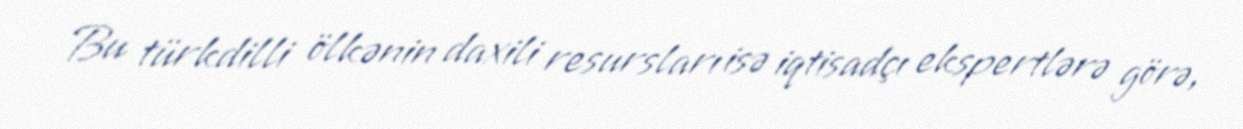
Bu türkdilli ölkənin daxili resursları isə iqtisadçı ekspertlərə görə,